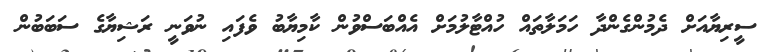
ސީރިޔާއަށް ދެމުންގެންދާ ހަމަލާތައް ހުއްޓާލުމަށް އެއްބަސްވުން ކާމިޔާބު ވެފައި ނުވަނީ ރަޝިޔާގެ ސަބަބުން